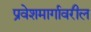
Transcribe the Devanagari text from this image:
प्रवेशमार्गावरील